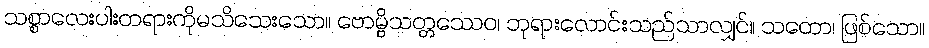
သစ္စာလေးပါးတရားကိုမသိသေးသော။ ဗောမ္ဗိသတ္တဿေဝ၊ ဘုရားလောင်းသည်သာလျှင်။ သတော၊ ဖြစ်သော။